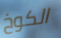
الكوخ